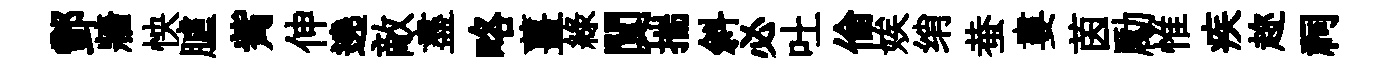
酆牆怏臚觜伸遶敵盡略薑緑闃揣斜必吐倫娭绡蛬婁茵勵惟疾趂祠